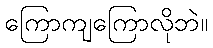
ကြောကျကြောလိုဘဲ။